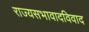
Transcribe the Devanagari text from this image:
राज्यसभावादविवाद